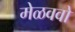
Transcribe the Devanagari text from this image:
मेळववो